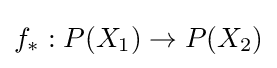
f_{*}:P(X_{1})\rightarrow P(X_{2})